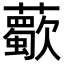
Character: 𧃏